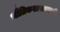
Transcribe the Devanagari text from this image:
भौतिकशास्त्रासाठी